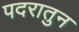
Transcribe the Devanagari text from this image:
पदरातुन